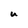
Character: u